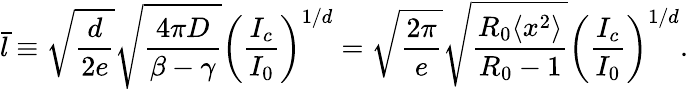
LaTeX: \bar{l}\equiv\sqrt{\frac{d}{2e}}\sqrt{\frac{4\pi D}{\beta-\gamma}}\left(\frac{I_{c}}{I_{0}}\right)^{1/d}=\sqrt{\frac{2\pi}{e}}\sqrt{\frac{R_{0}\langle x^{2}\rangle}{R_{0}-1}}\left(\frac{I_{c}}{I_{0}}\right)^{1/d}.